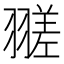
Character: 𦒁